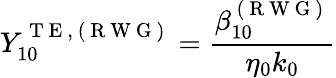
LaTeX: Y_{10}^{\mathrm{~T~E~,~(~R~W~G~)~}}=\frac{\beta_{10}^{\mathrm{~(~R~W~G~)~}}}{\eta_{0}k_{0}}